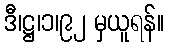
ဒီ၊ဋ္ဌ၊၁၊၉၂ မှယူရန်။